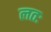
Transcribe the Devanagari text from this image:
लतः